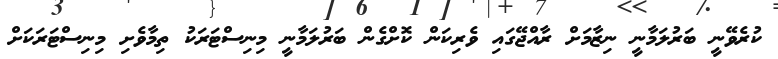
ކުރެވޭނީ ބަރުލަމާނީ ނިޒާމަށް ރާއްޖޭގައި ވެރިކަން ކޮށްގެން ބަރުލަމާނީ މިނިސްޓަރަކު ތިމާވެށި މިނިސްޓަރަކަށް